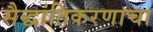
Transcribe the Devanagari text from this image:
सैद्धांतिकरणाचा